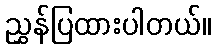
ညွှန်ပြထားပါတယ်။